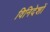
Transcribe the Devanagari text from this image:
विनिदेशों